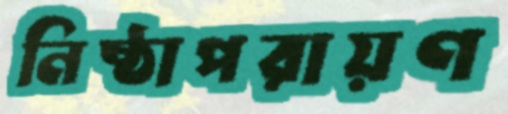
নিষ্ঠাপরায়ণ